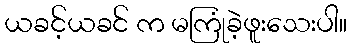
ယခင့်ယခင် က မကြုံခဲ့ဖူးသေးပါ။